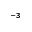
^ { - 3 }